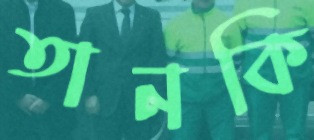
তানকি